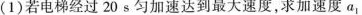
(1)若电梯经过20s匀加速达到最大速度，求加速度a_{1}